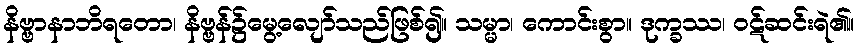
နိဗ္ဗာနာဘိရတော၊ နိဗ္ဗန်၌မွေ့လျော်သည်ဖြစ်၍။ သမ္မာ၊ ကောင်းစွာ။ ဒုက္ခဿ၊ ဝဋ်ဆင်းရဲ၏။